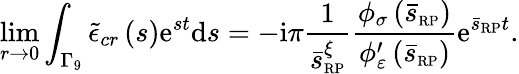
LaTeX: \operatorname*{lim}_{r\rightarrow 0}\int_{\Gamma_{9}}\tilde{\epsilon}_{cr}\left(s\right)\mathrm{e}^{st}\mathrm{d}s=-\mathrm{i}\pi\frac{1}{\bar{s}_{\scriptscriptstyle{\mathrm{RP}}}^{\xi}}\frac{\phi_{\sigma}\left(\bar{s}_{\scriptscriptstyle{\mathrm{RP}}}\right)}{\phi_{\varepsilon}^{\prime}\left(\bar{s}_{\scriptscriptstyle{\mathrm{RP}}}\right)}\mathrm{e}^{\bar{s}_{\scriptscriptstyle{\mathrm{RP}}}t}.